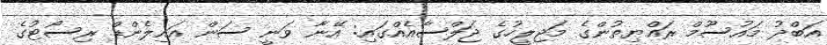
އަބްދު މައުސޫމް ރައްޔިތުންގެ މަޖިލީހުގެ ޖަލްސާއެއްގައި: އޭނާ ވަނީ ސަން އައިލެންޑް ރިސޯޓުގެ